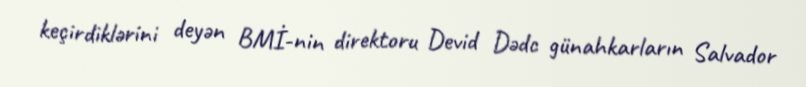
keçirdiklərini deyən BMİ-nin direktoru Devid Dədc günahkarların Salvador